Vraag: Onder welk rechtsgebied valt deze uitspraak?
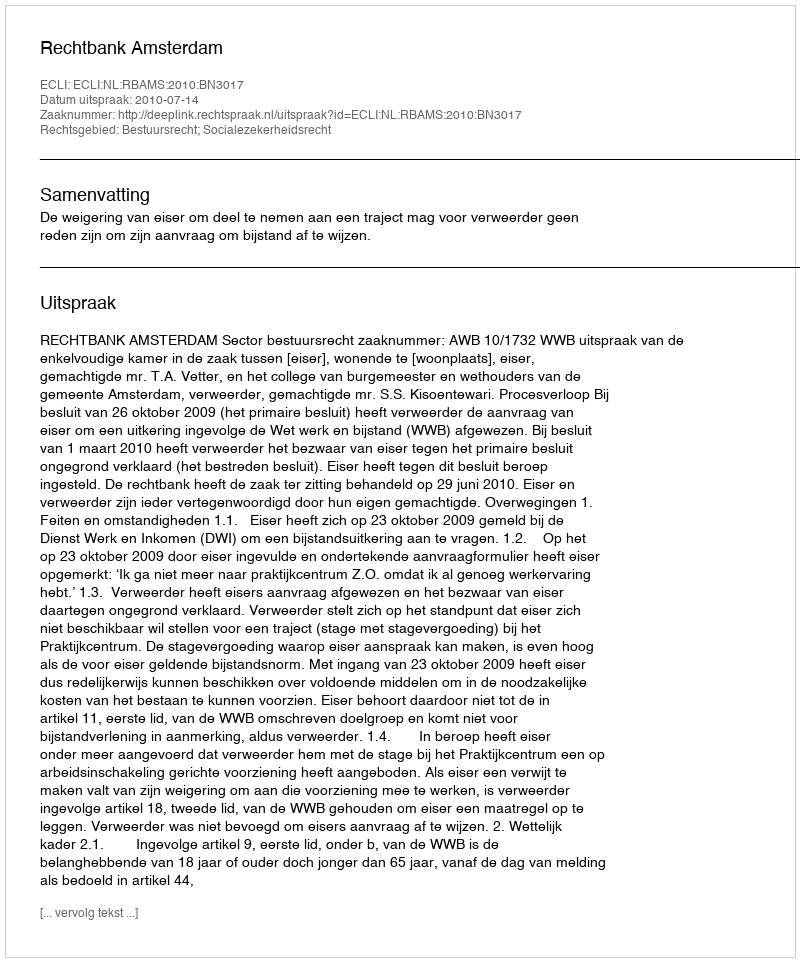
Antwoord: Bestuursrecht; Socialezekerheidsrecht